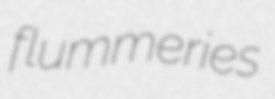
flummeries